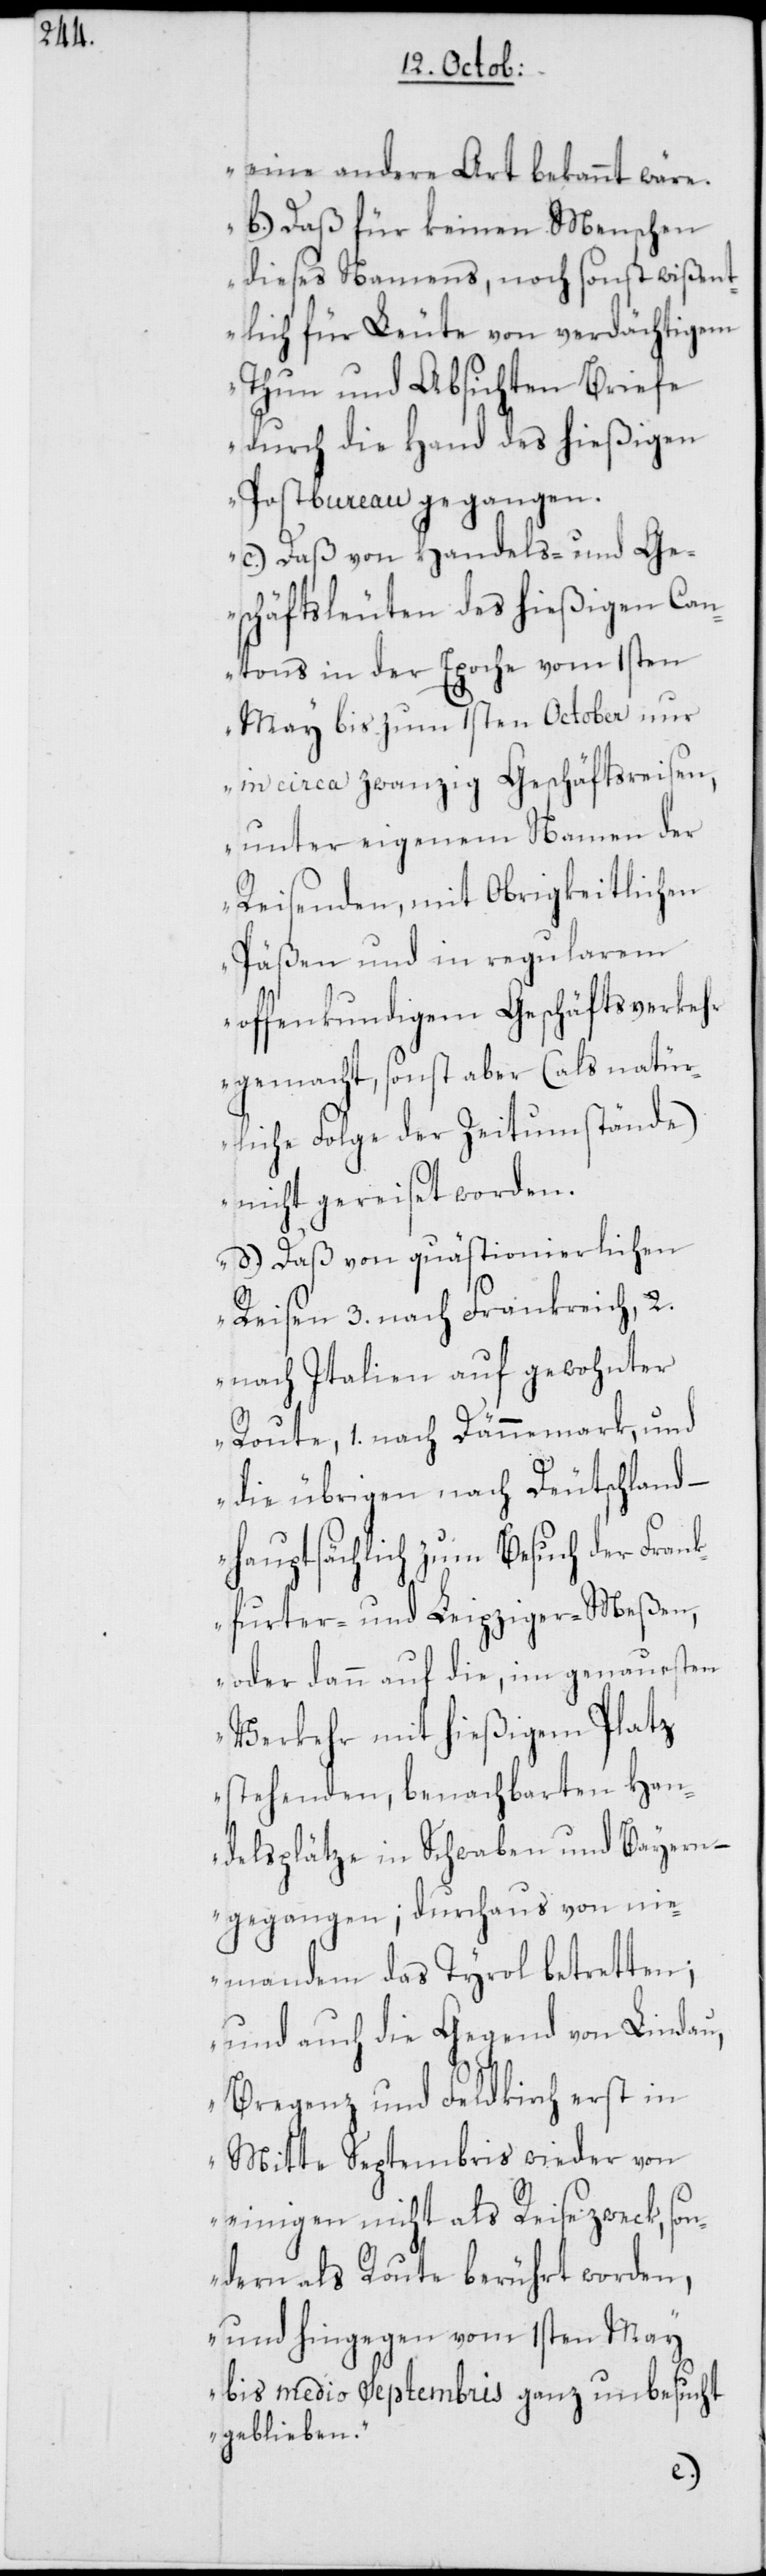
eine andere Art bekannt wäre.
b.) Daß für keinen Menschen
dieses Namens, noch sonst wißen¬
tlich für Leute von verdächtigem
Thun und Absichten Briefe
durch die Hand des hießigen
Postbureau gegangen.
c.) Daß von Handels- und Ge¬
schäftsleuten des hießigen Can¬
tons in der Epoche vom 1sten
May bis zum 1sten October nur
in circa zwanzig Geschäftsreisen,
unter eigenem Namen der
Reisenden, mit Obrigkeitlichen
Päßen und in regularem
offenkundigem Geschäftsverkehr
gemacht, sonst aber (als natür¬
liche Folge der Zeitumstände)
nicht gereiset worden.
d.) Daß von quästionierlichen
Reisen 3. nach Frankreich, 2.
nach Italien auf gewohnter
Route, 1. nach Dännemark, und
die übrigen nach Deutschland –
hauptsächlich zum Besuch der Frank¬
furter- und Leipziger-Meßen,
oder dann auf die, im genauesten
Verkehr mit hießigem Platz
stehenden, benachbarten Han¬
delsplätze in Schwaben und Bayern –
gegangen; durchaus von ni¬
emandem das Tyrol betretten;
und auch die Gegend von Lindau,
Bregenz und Feldkirch erst in
Mitte Septembris wieder von
einigen nicht als Reisezweck, son¬
dern als Route berührt worden,
und hingegen vom 1sten May
bis medio Septembris ganz unbesucht
geblieben.